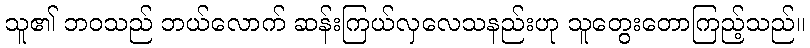
သူ၏ ဘဝသည် ဘယ်လောက် ဆန်းကြယ်လှလေသနည်းဟု သူတွေးတောကြည့်သည်။